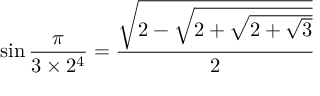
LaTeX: \sin { \frac { \pi } { 3 \times 2 ^ { 4 } } } = { \frac { \sqrt { 2 - { \sqrt { 2 + { \sqrt { 2 + { \sqrt { 3 } } } } } } } } { 2 } }